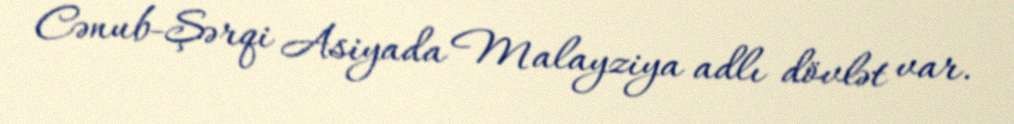
Cənub-Şərqi Asiyada Malayziya adlı dövlət var.